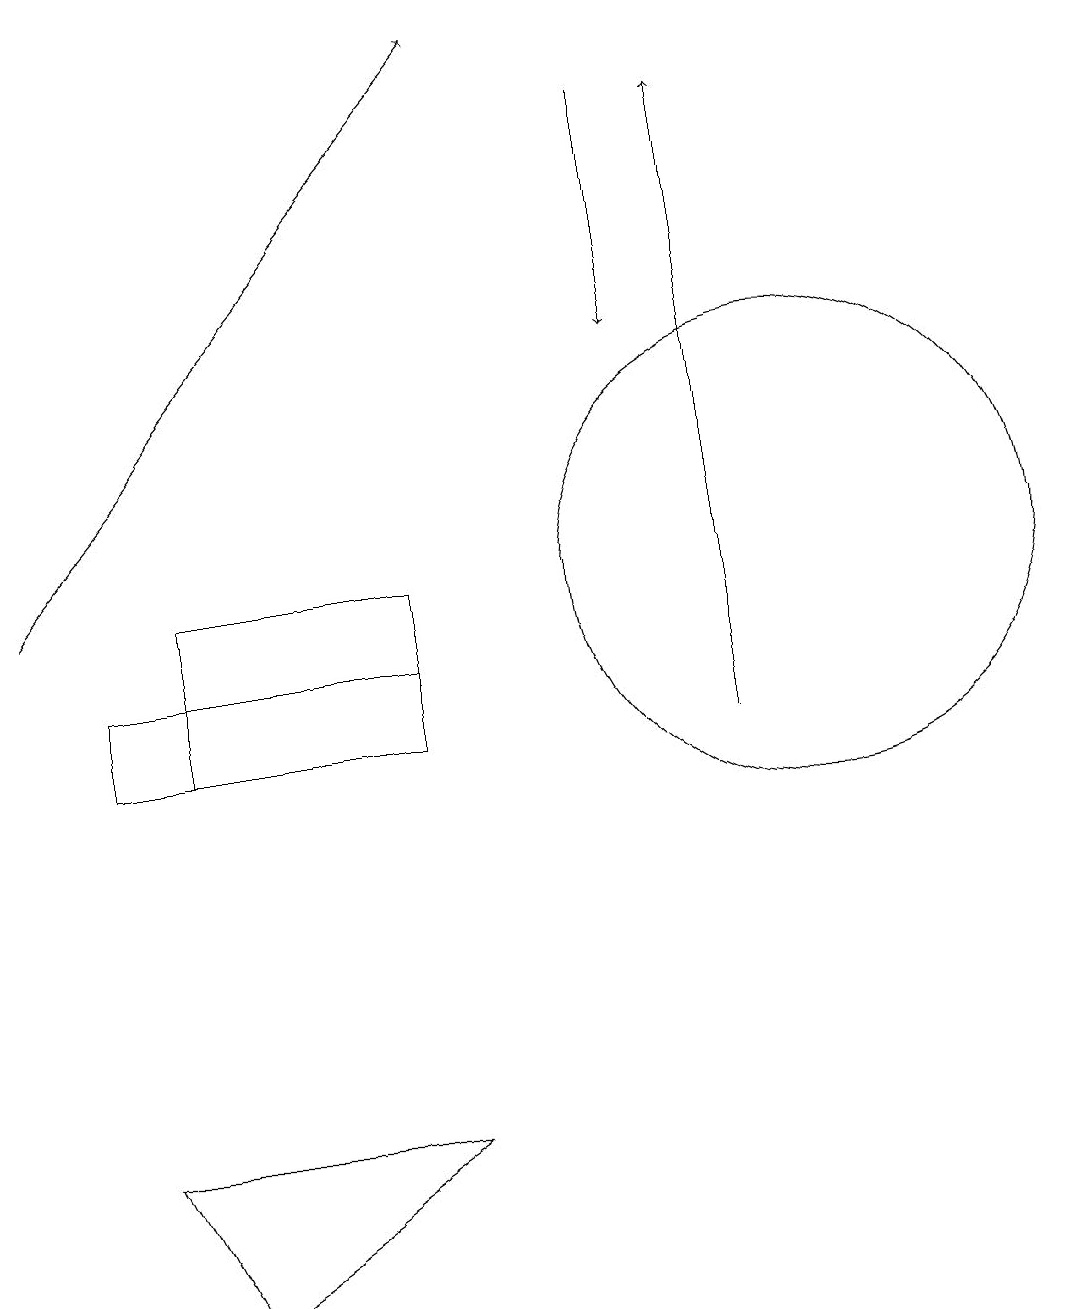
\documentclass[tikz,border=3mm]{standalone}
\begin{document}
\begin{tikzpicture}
\draw (5,11) rectangle (1,10);
\draw[->] (8,18) -- (8,15);
\draw[->] (9,10) -- (9,18);
\draw (2,3) -- (5,5) -- (1,5) -- cycle;
\draw (10,12) circle (3);
\draw[->] (0,12) -- (6,19);
\draw (5,10) rectangle (2,12);
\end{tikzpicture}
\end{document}